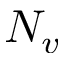
N _ { v }